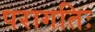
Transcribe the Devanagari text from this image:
परागतिः